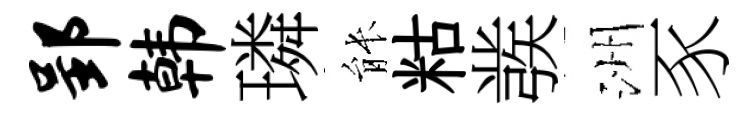
郢韩璘䏻䊀彂洲豕